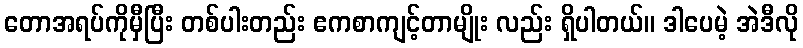
တောအရပ်ကိုမှီပြီး တစ်ပါးတည်း ဧကစာကျင့်တာမျိုး လည်း ရှိပါတယ်။ ဒါပေမဲ့ အဲဒီလို